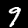
Label: 9